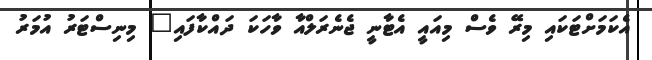
އެކަމަށްޓަކައި މިރޭ ވެސް މިއައީ އެޓާނީ ޖެނެރަލްއާ ވާހަކަ ދައްކާފައި" މިނިސްޓަރު އުމަރު